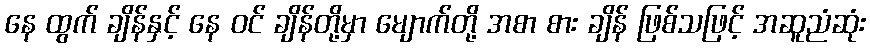
နေ ထွက် ချိန်နှင့် နေ ဝင် ချိန်တို့မှာ မျောက်တို့ အစာ စား ချိန် ဖြစ်သဖြင့် အဆူညံဆုံး